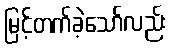
မြင့်တက်ခဲ့သော်လည်း